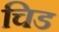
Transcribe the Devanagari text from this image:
चिड